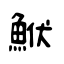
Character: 鮲